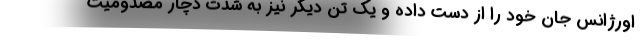
اورژانس جان خود را از دست داده و یک تن دیگر نیز به شدت دچار مصدومیت